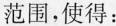
范围，使得：